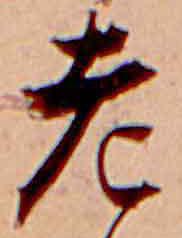
老